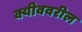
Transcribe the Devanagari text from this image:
क्यीववरील